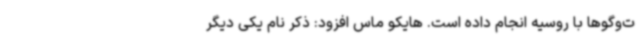
ت‌وگوها با روسیه انجام داده است. هایکو ماس افزود: ذکر نام یکی دیگر